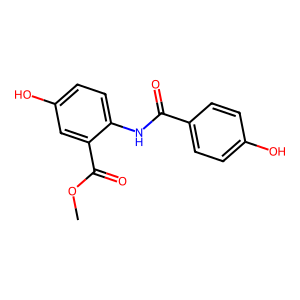
SMILES: COC(=O)c1cc(O)ccc1NC(=O)c1ccc(O)cc1
Inhibits HIV replication: No